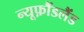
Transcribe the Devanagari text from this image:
न्यूफ़ौंडलैंड